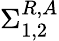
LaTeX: \Sigma_{1,2}^{R,A}